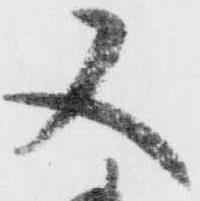
又